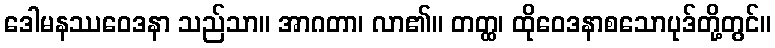
ဒေါမနဿဝေဒနာ သည်သာ။ အာဂတာ၊ လာ၏။ တတ္ထ၊ ထိုဝေဒနာစသောပုဒ်တို့တွင်။